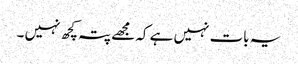
یہ بات نہیں ہے کہ مجھے پتہ کچھ نہیں ۔